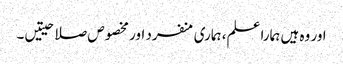
اور وہ ہیں ہمارا علم، ہماری منفرد اور مخصوص صلاحیتیں۔